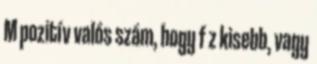
M pozitív valós szám, hogy f z kisebb, vagy